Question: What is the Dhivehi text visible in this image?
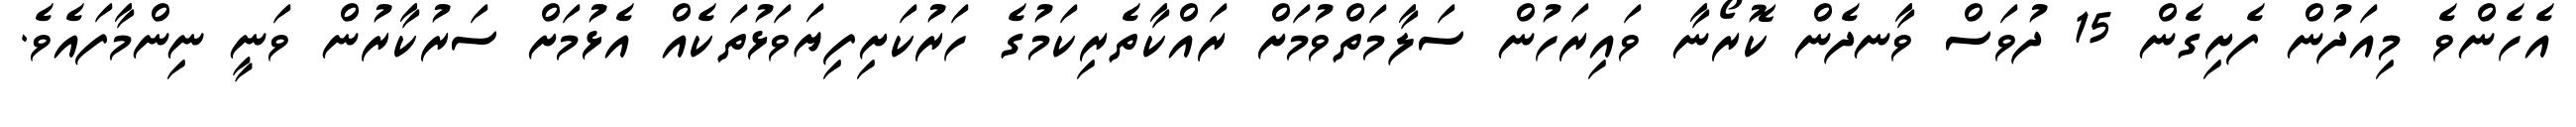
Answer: އެހެންވެ މިއަދުން ފެށިގެން 15 ދުވަސް ވާނދެން ކޮރޯނާ ވައިރަހުން ސަލާމަތްވުމަށް ރައްކާތެރިކަމުގެ ހަރުކަށިފިޔަވަޅުތަކެއް އެޅުމަށް ސަރުކާރުން ވަނީ ނިންމާފައެވެ.